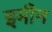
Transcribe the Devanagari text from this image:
इमीन